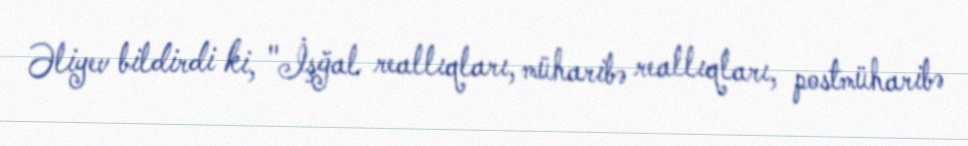
Əliyev bildirdi ki, "İşğal reallıqları, müharibə reallıqları, postmüharibə